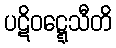
ပဋိဝဋ္ဋေသီတိ